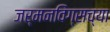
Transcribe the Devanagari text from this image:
जर्मनविंग्सच्या